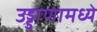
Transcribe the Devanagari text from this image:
उड्डाणामध्ये